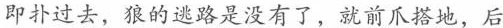
即扑过去，狼的逃路是没有了，就前爪搭地，后